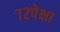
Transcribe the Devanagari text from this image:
७२पेक्षा